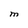
Character: M